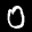
Label: 0